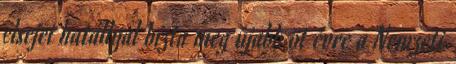
elsejei hatállyal bízta meg újabb öt évre a Nemzeti